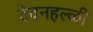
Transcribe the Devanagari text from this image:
देवनहल्ळी